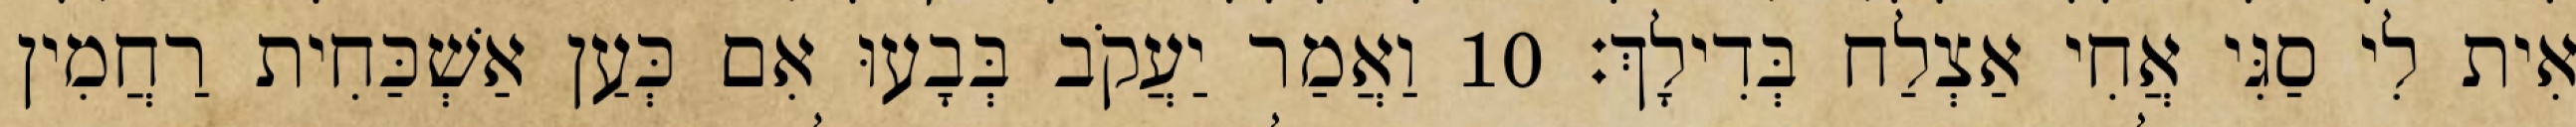
אִית לִי סַגִּי אֲחִי אַצְלַח בְּדִילָךְ׃ 10 וַאֲמַר יַעֲקֹב בְּבָעוּ אִם כְּעַן אַשְׁכַּחִית רַחֲמִין